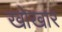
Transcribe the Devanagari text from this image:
खोखार